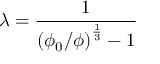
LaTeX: \lambda = { \frac { 1 } { \left( \phi _ { 0 } / \phi \right) ^ { \frac { 1 } { 3 } } - 1 } }